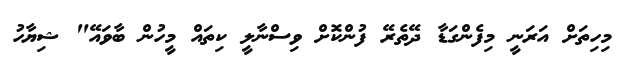
މިހިތަށް އަރަނީ މިފެންގަޑާ ދޭތެރޭ ފުންކޮށް ވިސްނާލީ ކިތައް މީހުން ބާވައޭ" ޝިޔާހު